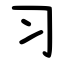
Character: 习